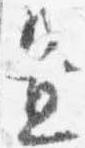
置